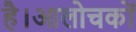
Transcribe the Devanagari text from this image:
है।आलोचकों